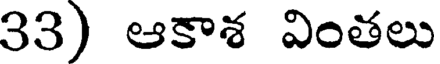
33) ఆకాశ వింతలు